Leningradi_Edasi_toimetus, lk 77
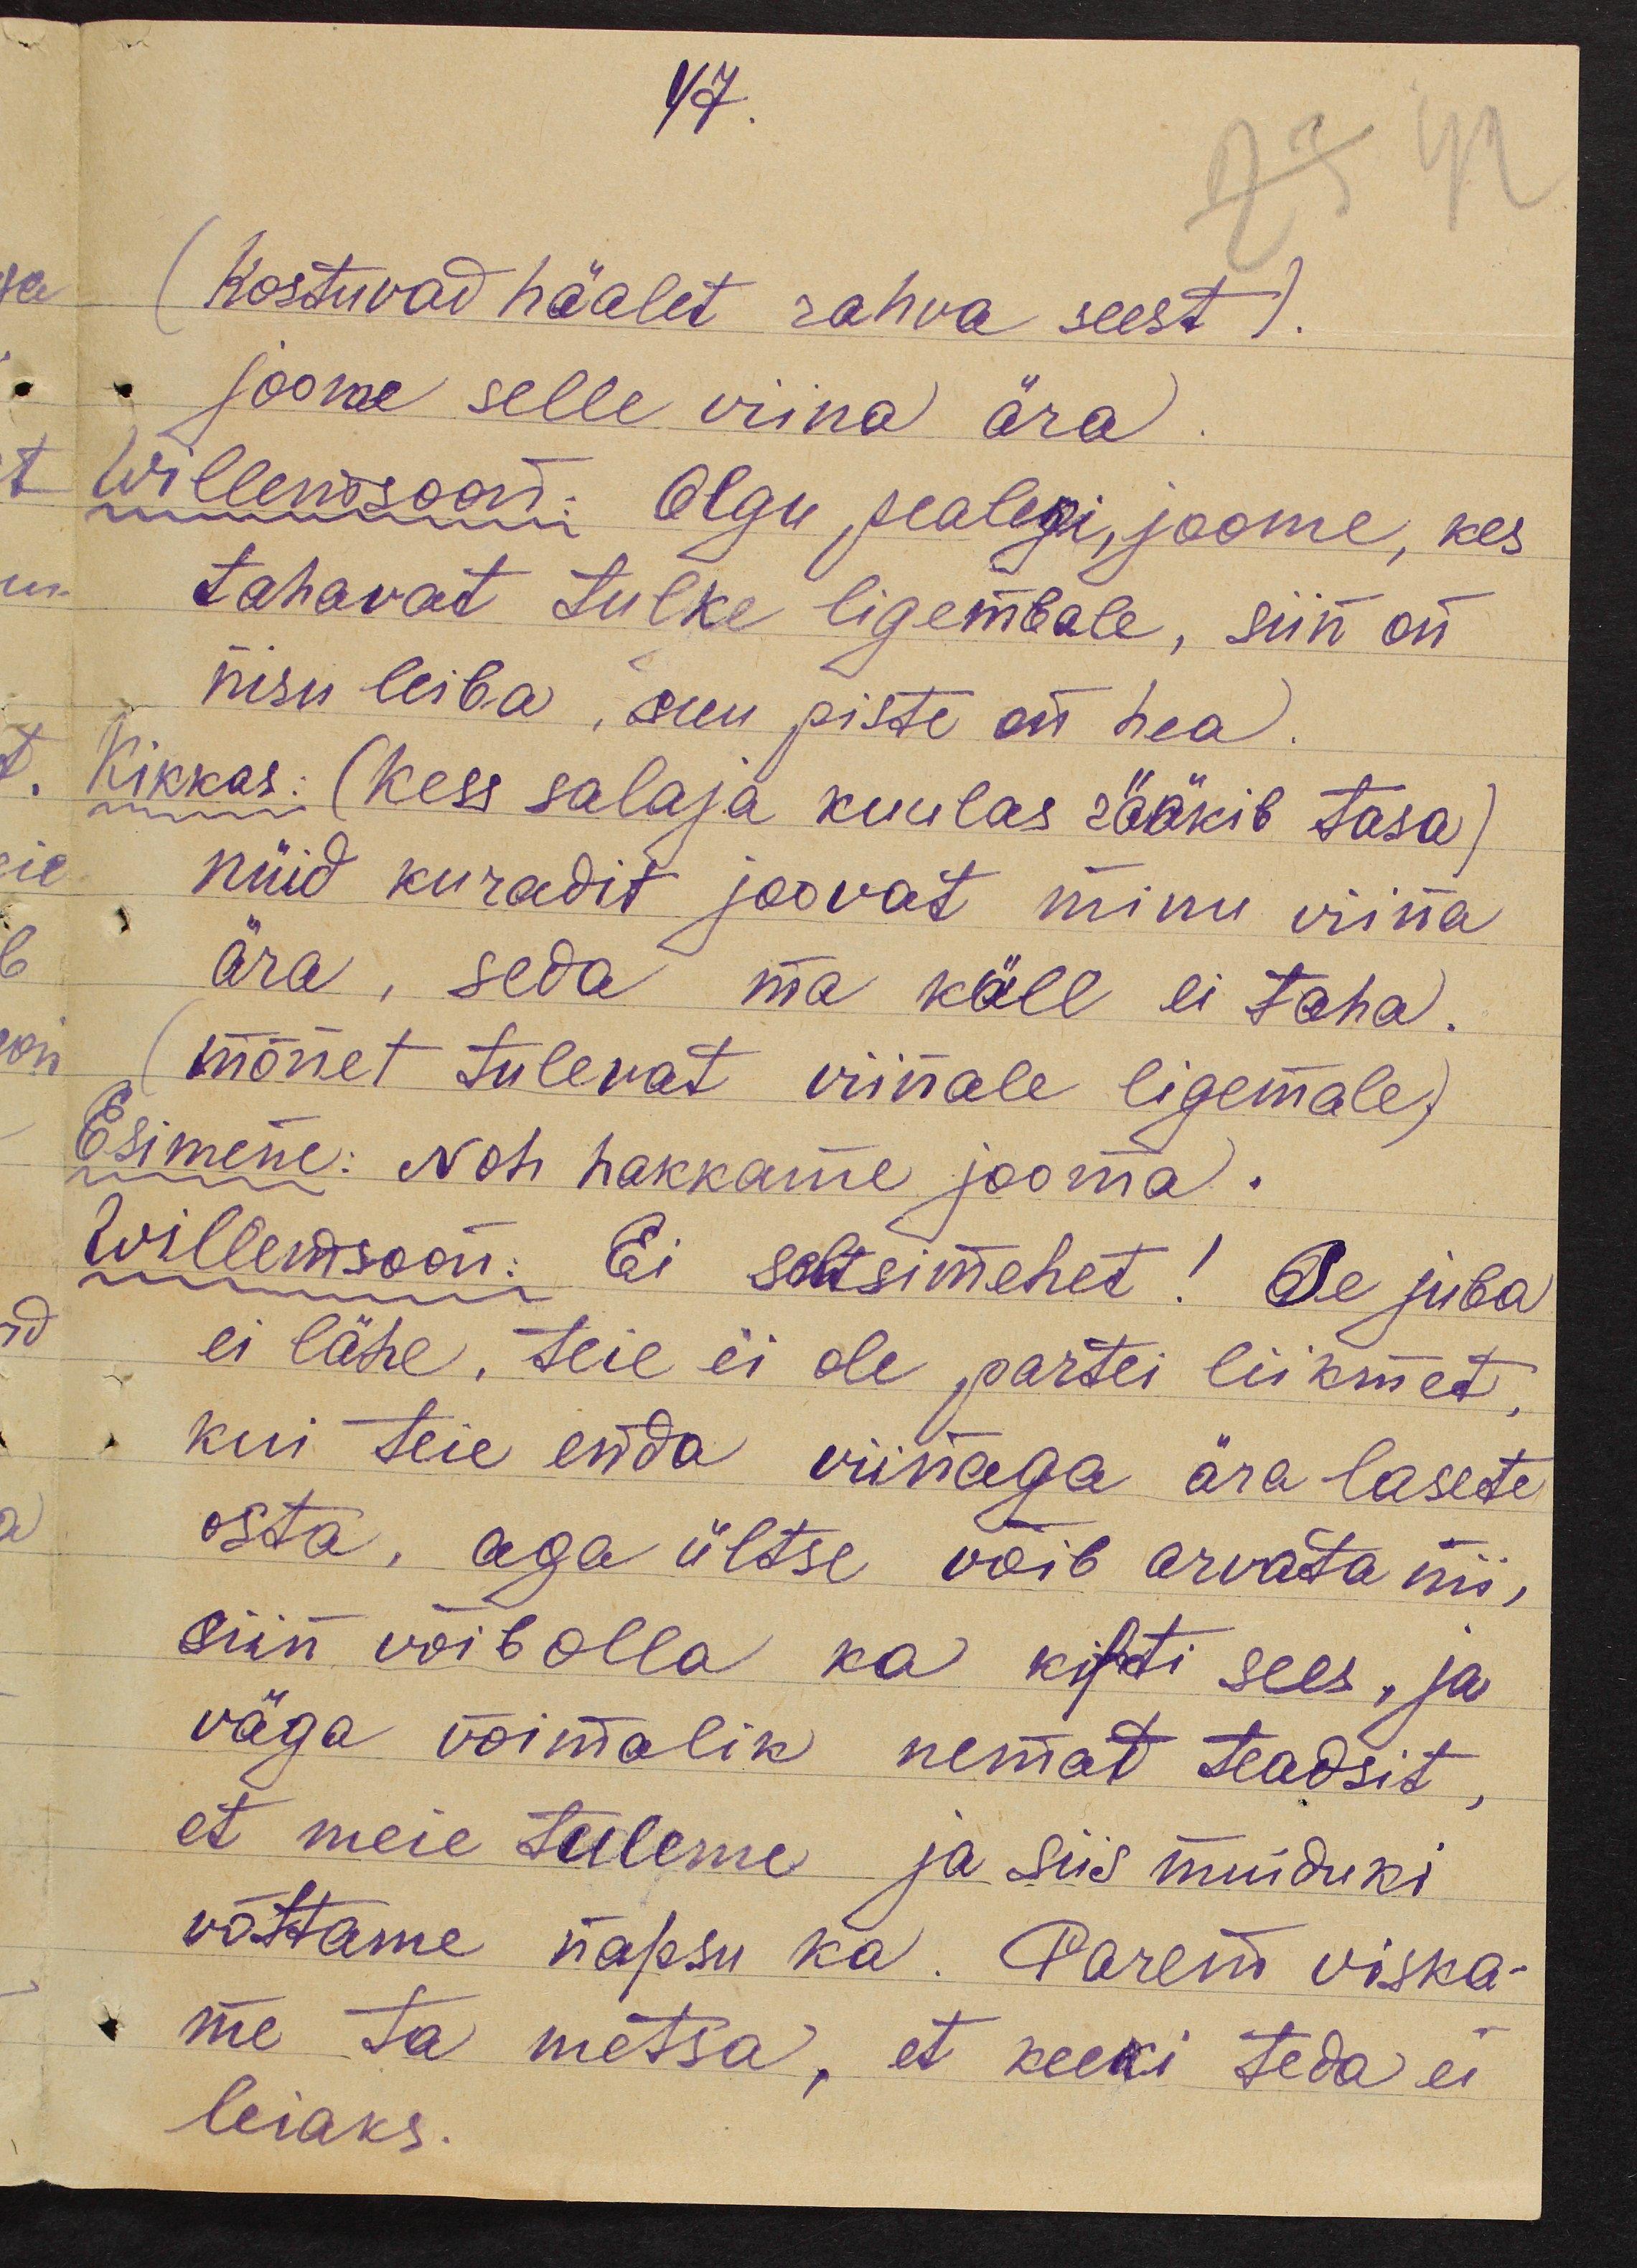
47.
(Kostuvad häälet rahva seest).
joome selle viina ära.
Willemsoon: Olgu pealegi, joome, kes
tahavat tulke ligembale, siin on
nisu leiba, suu piste on hea.
Kikkas: (kess salaja kuulas rääkib tasa)
nüid kuradit joovat minu viina
ära, seda ma küll ei taha.
(mõnet tulevat viinale ligemale)
Esimene: Noh hakkame jooma.
Willemsoon: Ei seltsimehet! Se juba
ei lähe, teie ei ole partei liikmet,
kui teie enda viinaga ära lasete
osta, aga ültse võib arvata nii,
siin võib olla ka kifti sees, ja
väga võimalik nemat teadsit,
et meie tuleme ja siis muiduki
võttame napsu ka. Parem viska-
me ta metsa, et keeki teda ei
leiaks.